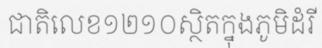
ជាតិលេខ១២១០ស្ថិតក្នុងភូមិដំរី